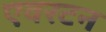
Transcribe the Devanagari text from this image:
एवरटन